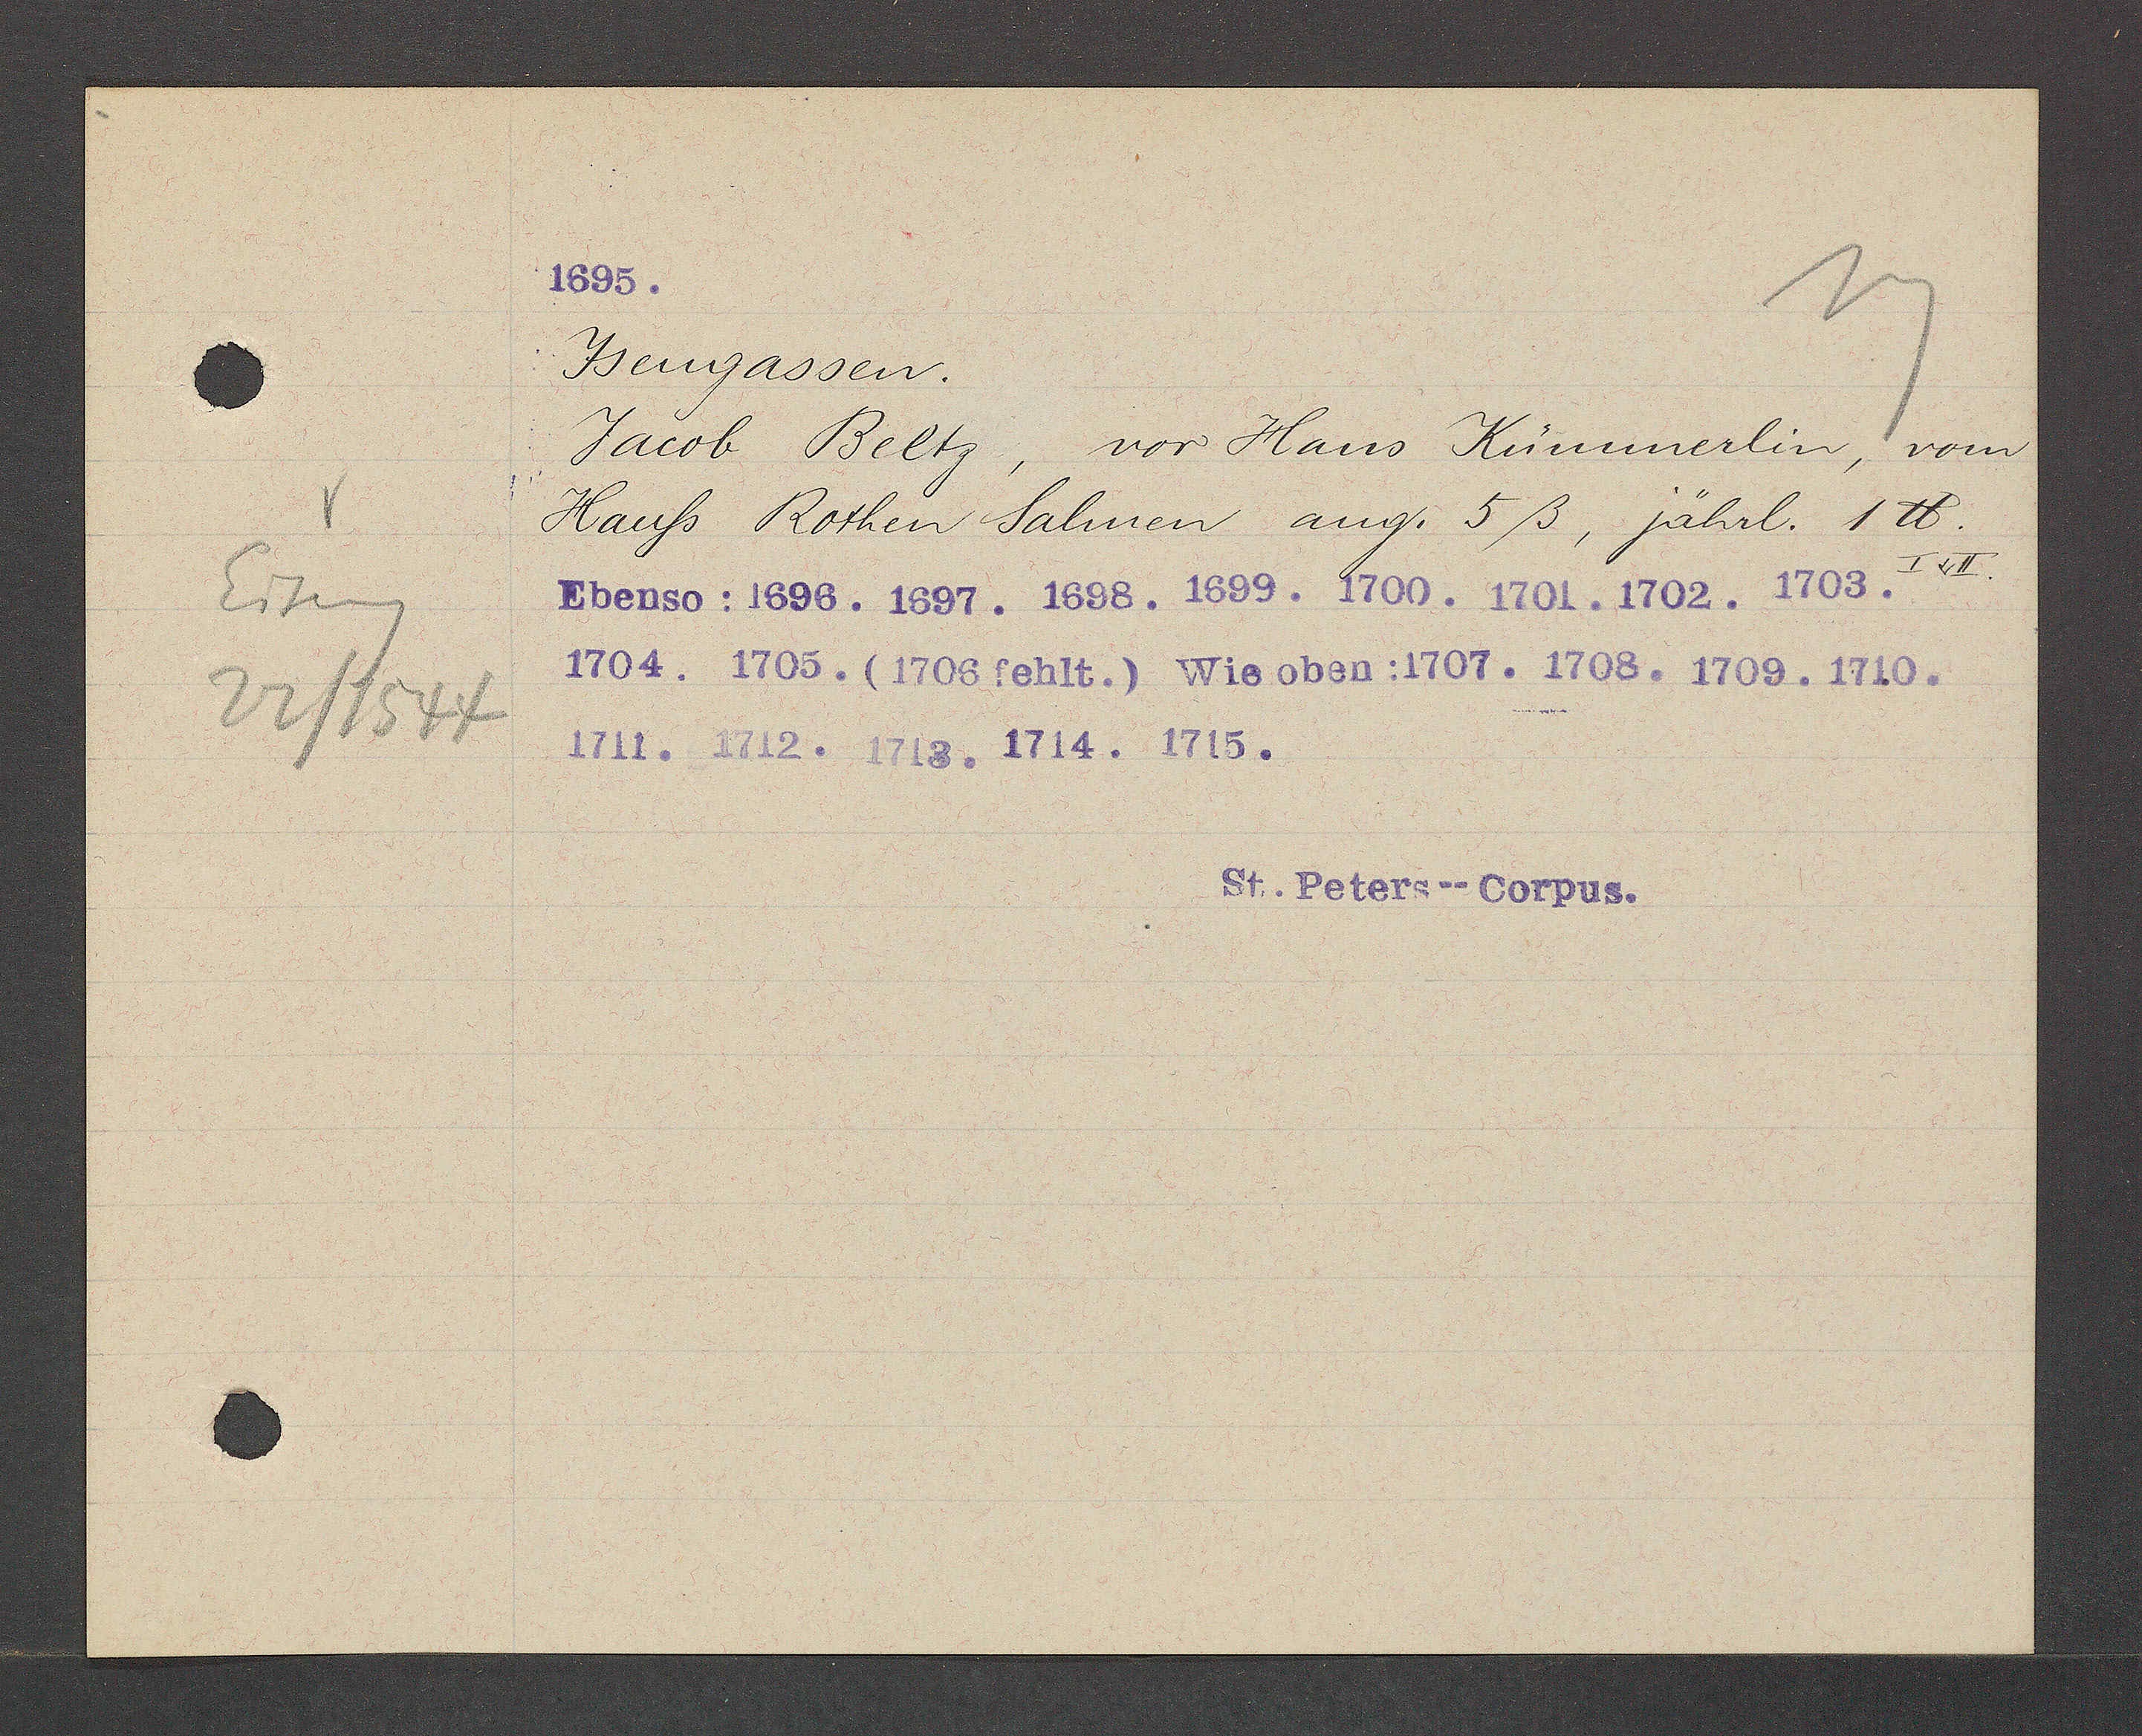
Transcript:
Eiseng
22/1544

Ysengassen.
Jacob Beltz, vor Hans Kümmerlin, vom
Hauß Rothen Salmen ang. 5ß, Jährl. 1 ℔.
I u II.